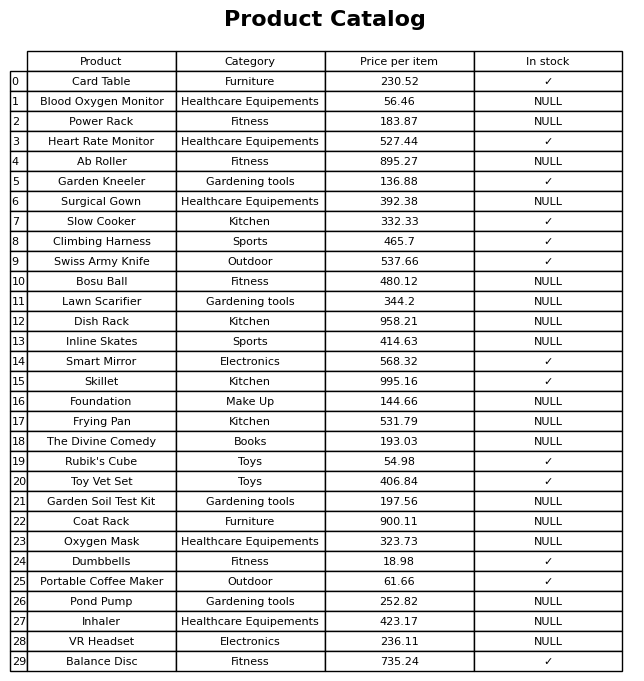
question: What is the price of the Smart Mirror?
answer: The price of Smart Mirror is 568.32.